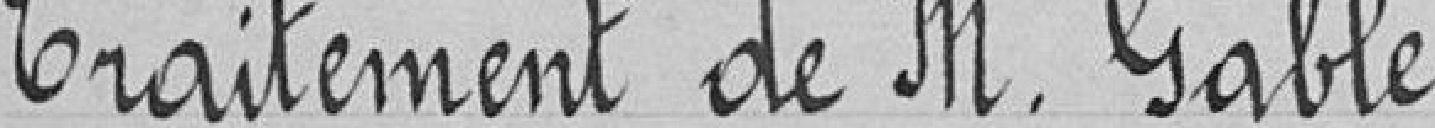
Traitement de M. Gable